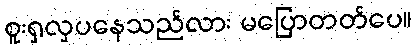
စူးရှလှပနေသည်လား မပြောတတ်ပေ။